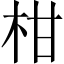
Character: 柑